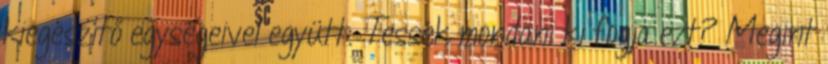
kiegészítő egységeivel együtt. Tessék mondani ki fogja ezt? Megint